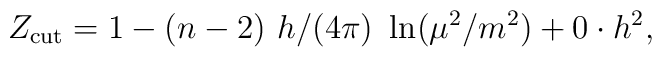
Z_{\rm cut}= 1 -(n-2)~ h/(4\pi)~ \ln (\mu^2/m^2) +0\cdot h^2,